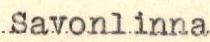
Savonlinna